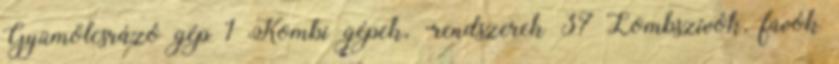
Gyümölcsrázó gép 1 Kombi gépek, -rendszerek 37 Lombszívók, fúvók